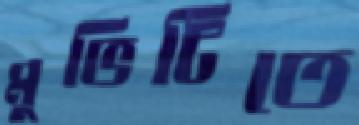
মুভিটিতে